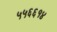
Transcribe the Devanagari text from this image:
५५६६१४